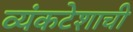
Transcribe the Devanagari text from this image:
व्यंकटेशाची